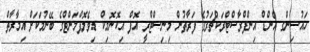
ހައުސިންގ އެންޑް އިންފްރާސްޓްރަކްޗަރުގެ ފަރާތުން މިނިސްޓްރީ އޮފް އިކޮނޮމިކް ޑިވެލޮޕްމަންޓްގެ ބޭނުމަކަށް އިމާރާތް